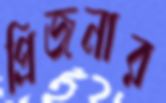
প্রিজনার